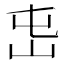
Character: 𡵭